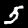
Label: 5